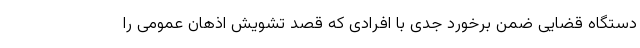
دستگاه قضایی ضمن برخورد جدی با افرادی که قصد تشویش اذهان عمومی را